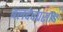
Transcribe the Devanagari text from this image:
बलदेवप्रसाद